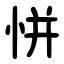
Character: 恲